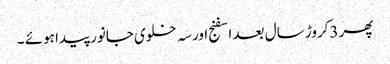
پھر 3کروڑ سال بعد اسفنج اور سہ خلوی جانور پیدا ہوئے ۔